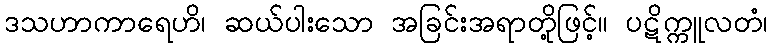
ဒသဟာကာရေဟိ၊ ဆယ်ပါးသော အခြင်းအရာတို့ဖြင့်။ ပဋိက္ကူလတံ၊